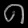
Digit: ၈